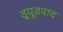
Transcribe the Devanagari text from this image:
ड्र्यूडवाद